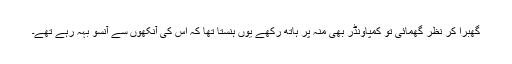
گھبرا کر نظر گھمائی تو کمپاونڈر بھی منہ پر ہاتھ رکھے یوں ہنستا تھا کہ اس کی آنکھوں سے آنسو بہہ رہے تھے۔